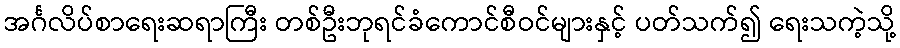
အင်္ဂလိပ်စာရေးဆရာကြီး တစ်ဦးဘုရင်ခံကောင်စီဝင်များနှင့် ပတ်သက်၍ ရေးသကဲ့သို့